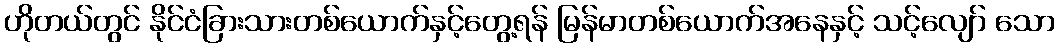
ဟိုတယ်တွင် နိုင်ငံခြားသားတစ်ယောက်နှင့်တွေ့ရန် မြန်မာတစ်ယောက်အနေနှင့် သင့်လျော် သော